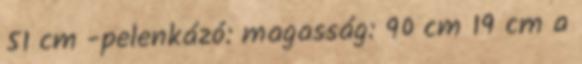
51 cm -pelenkázó: magasság: 90 cm 19 cm a